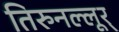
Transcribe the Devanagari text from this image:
तिरुनल्लूर्